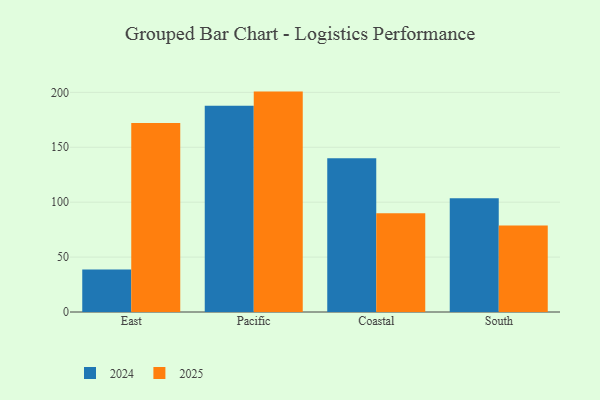
{"axis": {"x": "Region", "y": "Gross Profit (USD K)"}, "legend": ["2024", "2025"], "data": [{"x": "East", "y": 172.1, "type": "2025"}, {"x": "East", "y": 38.7, "type": "2024"}, {"x": "Pacific", "y": 200.7, "type": "2025"}, {"x": "Pacific", "y": 187.8, "type": "2024"}, {"x": "Coastal", "y": 89.9, "type": "2025"}, {"x": "Coastal", "y": 140.0, "type": "2024"}, {"x": "South", "y": 78.7, "type": "2025"}, {"x": "South", "y": 103.5, "type": "2024"}]}